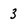
Character: 3